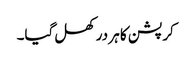
کرپشن کا ہر در کھل گیا۔